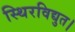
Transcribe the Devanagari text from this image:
स्थिरविद्युत।